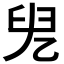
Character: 𠒍